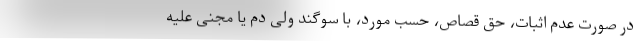
در صورت عدم اثبات، حق قصاص، حسب مورد، با سوگند ولی دم یا مجنی علیه